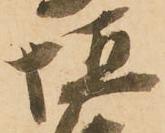
垣